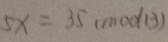
5 x = 3 5 ( m o d 1 3 )